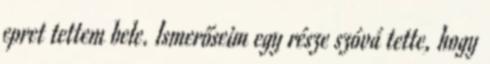
epret tettem bele. Ismerőseim egy része szóvá tette, hogy